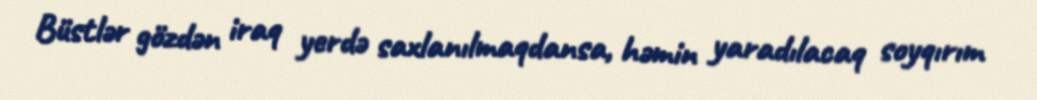
Büstlər gözdən iraq yerdə saxlanılmaqdansa, həmin yaradılacaq soyqırım